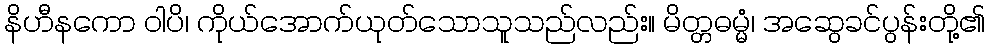
နိဟီနကော ဝါပိ၊ ကိုယ်အောက်ယုတ်သောသူသည်လည်း။ မိတ္တဓမ္မံ၊ အဆွေခင်ပွန်းတို့၏